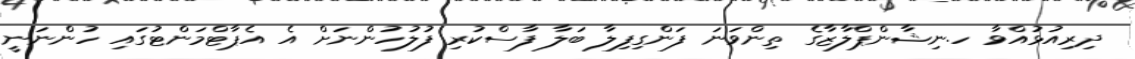
ދިރިއުޅުއްވާ ހ.ނިޝާންޕްލާޒާގެ ތިންވަނަ ފަންގިފިލާ ބަލާ ފާސްކުރި ފުލުހުންނަށް އެ އެޕާޓްމަންޓުގައި ހުންނަނީ